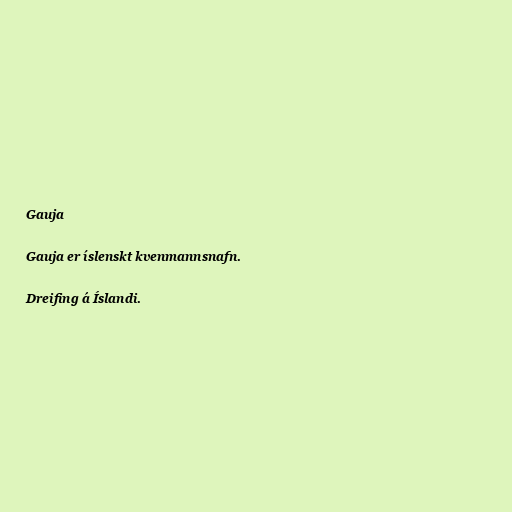
Gauja

Gauja er íslenskt kvenmannsnafn.

Dreifing á Íslandi.